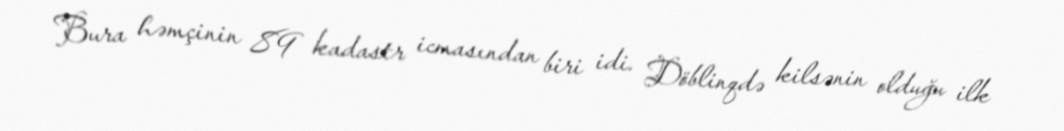
Bura həmçinin 89 kadastr icmasından biri idi. Döblinqdə kilsənin olduğu ilk